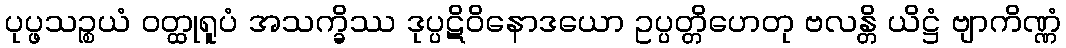
ပုပ္ဖသဉ္စယံ ဝတ္ထုရူပံ အသက္ခိဿ ဒုပ္ပဋိဝိနောဒယော ဥပ္ပတ္တိဟေတု ဗလန္တိ ယိဋ္ဌံ ဗျာကိဏ္ဏံ